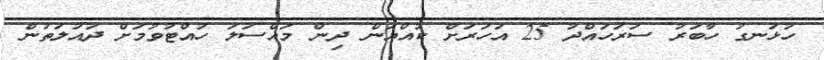
ހުޅަނގު ހާބަރު ސަރަހައްދު 25 އަހަރަށް ކުއްޔަން ދިން މައްސަލަ ހުއްޓުވުމަށް ދައުލަތުން